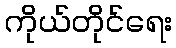
ကိုယ်တိုင်ရေး